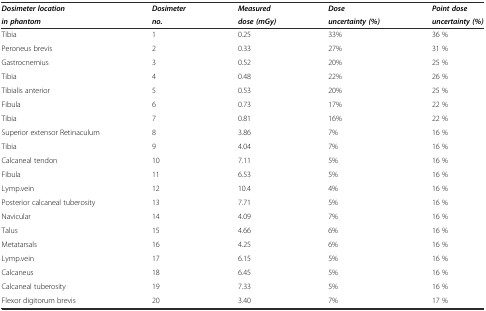
<table><thead><tr><td><b><i>Dosimeter location</i></b></td><td><b><i>Dosimeter</i></b></td><td><b><i>Measured</i></b></td><td><b><i>Dose</i></b></td><td><b><i>Point dose</i></b></td></tr><tr><td><b><i>in phantom</i></b></td><td><b><i>no.</i></b></td><td><b><i>dose (mGy)</i></b></td><td><b><i>uncertainty (%)</i></b></td><td><b><i>uncertainty (%)</i></b></td></tr></thead><tbody><tr><td>Tibia</td><td>1</td><td>0.25</td><td>33%</td><td>36 %</td></tr><tr><td>Peroneus brevis</td><td>2</td><td>0.33</td><td>27%</td><td>31 %</td></tr><tr><td>Gastrocnemius</td><td>3</td><td>0.52</td><td>20%</td><td>25 %</td></tr><tr><td>Tibia</td><td>4</td><td>0.48</td><td>22%</td><td>26 %</td></tr><tr><td>Tibialis anterior</td><td>5</td><td>0.53</td><td>20%</td><td>25 %</td></tr><tr><td>Fibula</td><td>6</td><td>0.73</td><td>17%</td><td>22 %</td></tr><tr><td>Tibia</td><td>7</td><td>0.81</td><td>16%</td><td>22 %</td></tr><tr><td>Superior extensor Retinaculum</td><td>8</td><td>3.86</td><td>7%</td><td>16 %</td></tr><tr><td>Tibia</td><td>9</td><td>4.04</td><td>7%</td><td>16 %</td></tr><tr><td>Calcaneal tendon</td><td>10</td><td>7.11</td><td>5%</td><td>16 %</td></tr><tr><td>Fibula</td><td>11</td><td>6.53</td><td>5%</td><td>16 %</td></tr><tr><td>Lymp.vein</td><td>12</td><td>10.4</td><td>4%</td><td>16 %</td></tr><tr><td>Posterior calcaneal tuberosity</td><td>13</td><td>7.71</td><td>5%</td><td>16 %</td></tr><tr><td>Navicular</td><td>14</td><td>4.09</td><td>7%</td><td>16 %</td></tr><tr><td>Talus</td><td>15</td><td>4.66</td><td>6%</td><td>16 %</td></tr><tr><td>Metatarsals</td><td>16</td><td>4.25</td><td>6%</td><td>16 %</td></tr><tr><td>Lymp.vein</td><td>17</td><td>6.15</td><td>5%</td><td>16 %</td></tr><tr><td>Calcaneus</td><td>18</td><td>6.45</td><td>5%</td><td>16 %</td></tr><tr><td>Calcaneal tuberosity</td><td>19</td><td>7.33</td><td>5%</td><td>16 %</td></tr><tr><td>Flexor digitorum brevis</td><td>20</td><td>3.40</td><td>7%</td><td>17 %</td></tr></tbody></table>